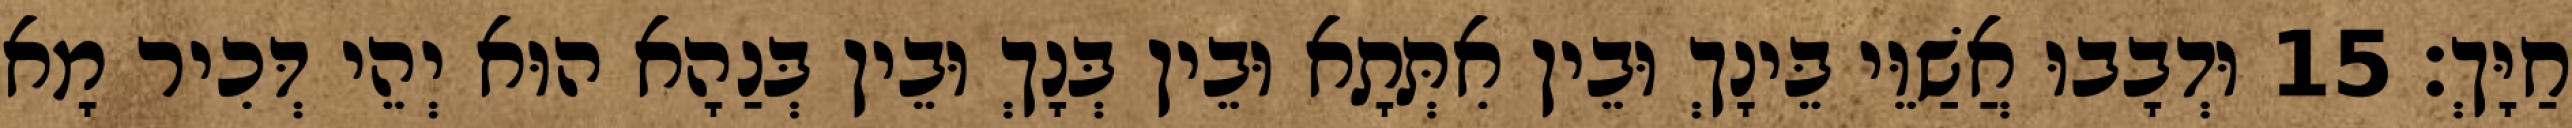
חַיָּךְ׃ 15 וּדְבָבוּ אֲשַׁוֵּי בֵּינָךְ וּבֵין אִתְּתָא וּבֵין בְּנָךְ וּבֵין בְּנַהָא הוּא יְהֵי דְּכִיר מָא